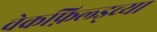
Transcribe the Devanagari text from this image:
वेकफ़िल्ड्च्या